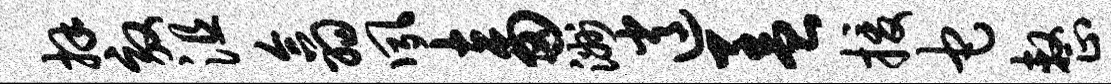
拜效沮翕夙畜洲逍盖援它整